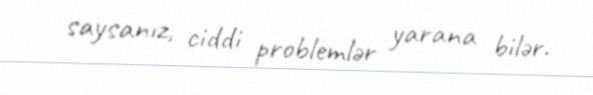
saysanız, ciddi problemlər yarana bilər.